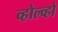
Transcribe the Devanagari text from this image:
व्होल्व्हो